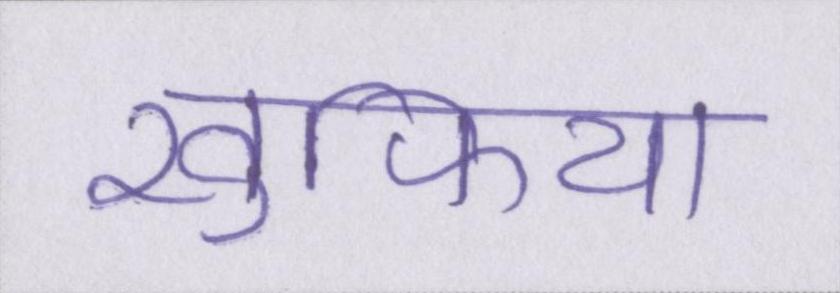
खुफिया